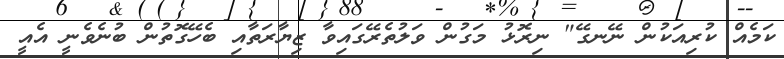
ކަމެއް ކުރިއަކުން ނޭނގޭ" ނިރޮޅު މަގުން ވަލުތެރޭގައިވާ ޒިޔާރަތާއި ބެހޭގޮތުން ބުނެވެނީ އެއީ